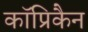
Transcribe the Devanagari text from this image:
कॉप्रिकैन